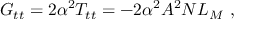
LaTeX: G _ { t t } = 2 \alpha ^ { 2 } T _ { t t } = - 2 \alpha ^ { 2 } A ^ { 2 } N L _ { M } \ ,